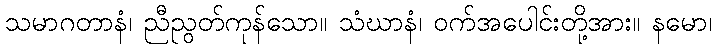
သမာဂတာနံ၊ ညီညွတ်ကုန်သော။ သံဃာနံ၊ ဝက်အပေါင်းတို့အား။ နမော၊